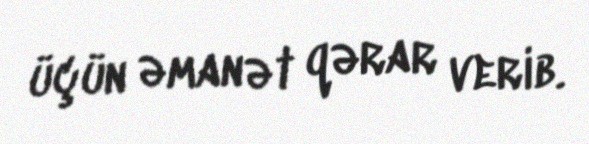
üçün əmanət qərar verib.